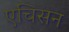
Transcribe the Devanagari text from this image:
एचिसन